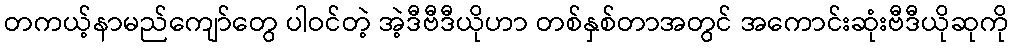
တကယ့်နာမည်ကျော်တွေ ပါဝင်တဲ့ အဲ့ဒီဗီဒီယိုဟာ တစ်နှစ်တာအတွင် အကောင်းဆုံးဗီဒီယိုဆုကို